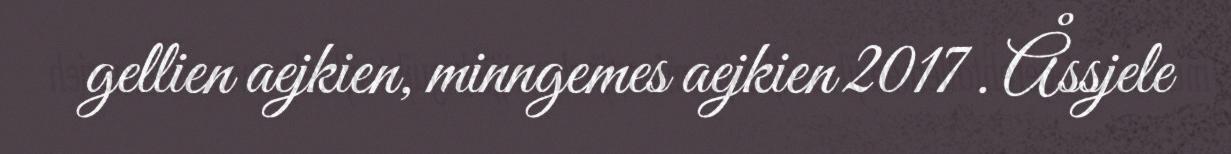
gellien aejkien, minngemes aejkien 2017 . Åssjele